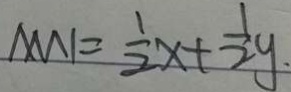
M N = \frac { 1 } { 2 } x + \frac { 1 } { 2 } y .